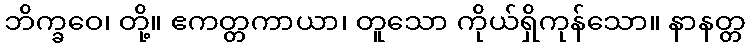
ဘိက္ခဝေ၊ တို့။ ဧကတ္တကာယာ၊ တူသော ကိုယ်ရှိကုန်သော။ နာနတ္တ